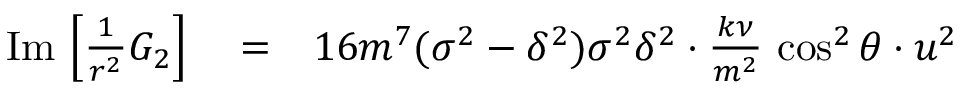
\begin{array} { r l r } { \mathrm { I m } \, \left[ \frac { 1 } { r ^ { 2 } } G _ { 2 } \right] } & { { } = } & { 1 6 m ^ { 7 } ( \sigma ^ { 2 } - \delta ^ { 2 } ) \sigma ^ { 2 } \delta ^ { 2 } \cdot \frac { k \nu } { m ^ { 2 } } \, \cos ^ { 2 } \theta \cdot u ^ { 2 } } \end{array}